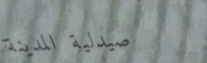
صيدلية المدينة